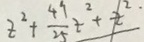
Z ^ { 2 } + \frac { 4 9 } { 2 5 } Z ^ { 2 } + Z ^ { 2 }